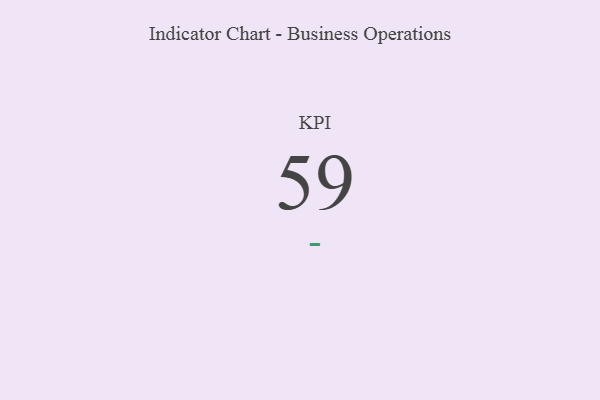
{"axis": {"x": "KPI", "y": "Value"}, "legend": [""], "data": [{"x": "KPI", "y": 59, "type": ""}]}